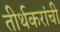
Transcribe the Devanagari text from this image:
तीर्थकरांची